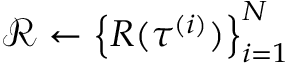
\mathcal { R } \leftarrow \left\{ R ( \tau ^ { ( i ) } ) \right\} _ { i = 1 } ^ { N }